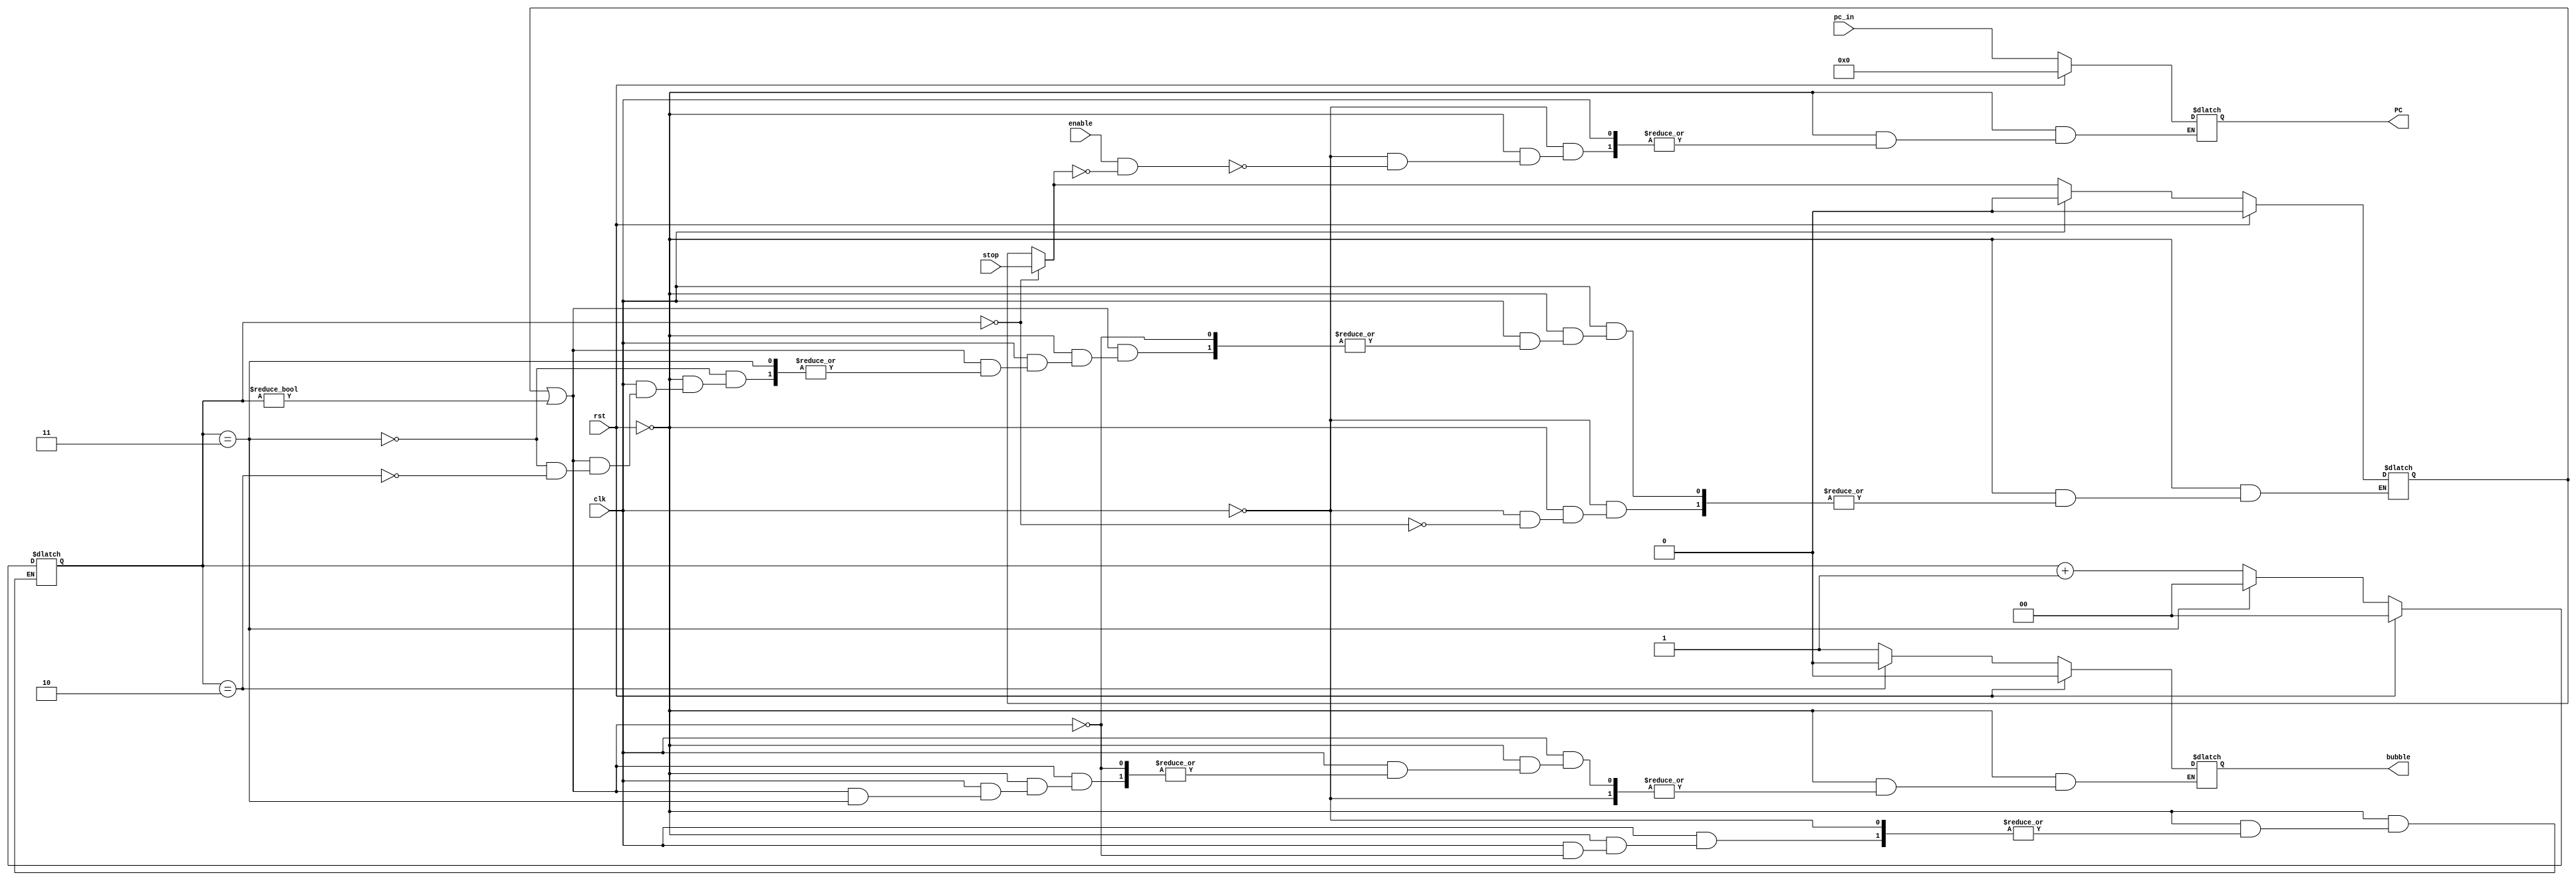
`timescale 1ns / 1ps
//////////////////////////////////////////////////////////////////////////////////
// Company: 
// Engineer: 
// 
// Design Name: 
// Module Name:    program_counter 
// Project Name: 
// Target Devices: 
// Tool versions: 
// Description: 
//
// Dependencies: 
//
// Revision: 
// Revision 0.01 - File Created
// Additional Comments: 
//
//////////////////////////////////////////////////////////////////////////////////
module program_counter(
			input clk,
			input rst,
			input enable,
			input [6:0] pc_in,
			input stop,
			output reg bubble,
			output reg [6:0]PC
    );
	reg [1:0]flag;
	reg aux_stop;
	
	always @(clk) begin
		if (rst == 1) begin
			PC = 0;
			aux_stop = 0;
			flag = 0;
			bubble = 0;
		end
		else begin
			if (clk == 0) begin
				if(flag == 0) begin
					aux_stop = stop;
				end
				if(enable && ~aux_stop) begin
					PC = pc_in;
				end
			end
			else begin
				if(aux_stop || (flag != 0))
				begin
					if(flag == 3) begin
						flag = 0;
					end
					else begin
						if(flag == 2)
						begin
							bubble = 0;
							aux_stop = 0;
							flag = flag + 1;
						end
						else
						begin
							flag = flag + 1;
							bubble = 1;
						end
					end
				end
			end			
		end
	end
endmodule